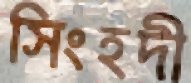
সিংহদী